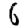
Digit: 6